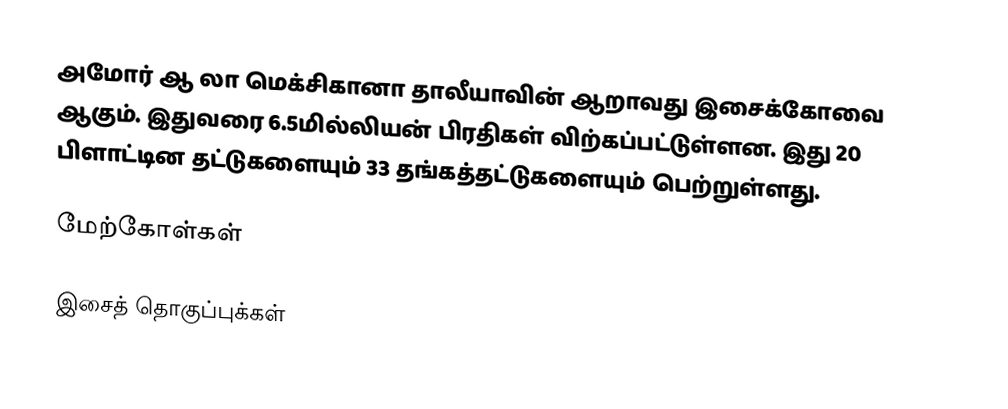
அமோர் ஆ லா மெக்சிகானா தாலீயாவின் ஆறாவது இசைக்கோவை ஆகும். இதுவரை 6.5மில்லியன் பிரதிகள் விற்கப்பட்டுள்ளன. இது 20 பிளாட்டின தட்டுகளையும் 33 தங்கத்தட்டுகளையும் பெற்றுள்ளது.

மேற்கோள்கள்

இசைத் தொகுப்புக்கள்